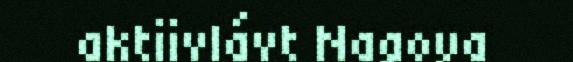
aktiivlávt Nagoya